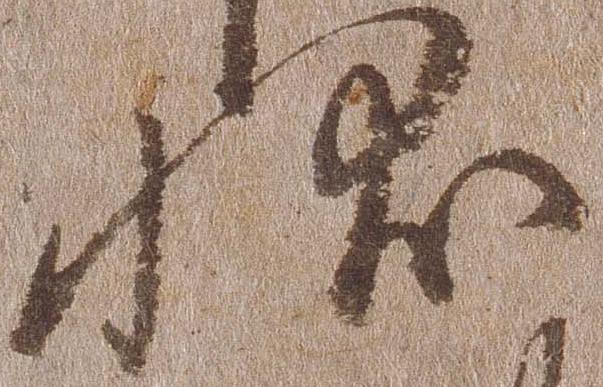
状